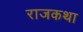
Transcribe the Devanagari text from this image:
राजकथा